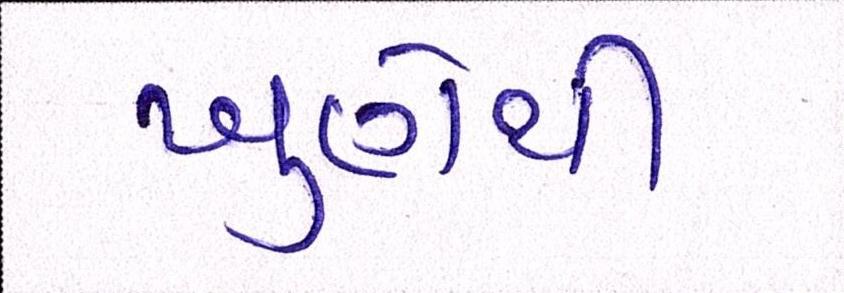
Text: ખુણેથી